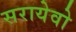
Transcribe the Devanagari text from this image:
सरायेवो